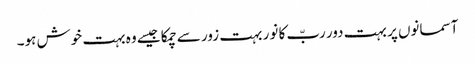
آسمانوں پر بہت دور ربّ کا نور بہت زور سے چمکا جیسے وہ بہت خوش ہو۔